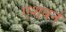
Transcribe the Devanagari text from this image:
एशबर्न